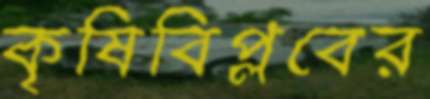
কৃষিবিপ্লবের